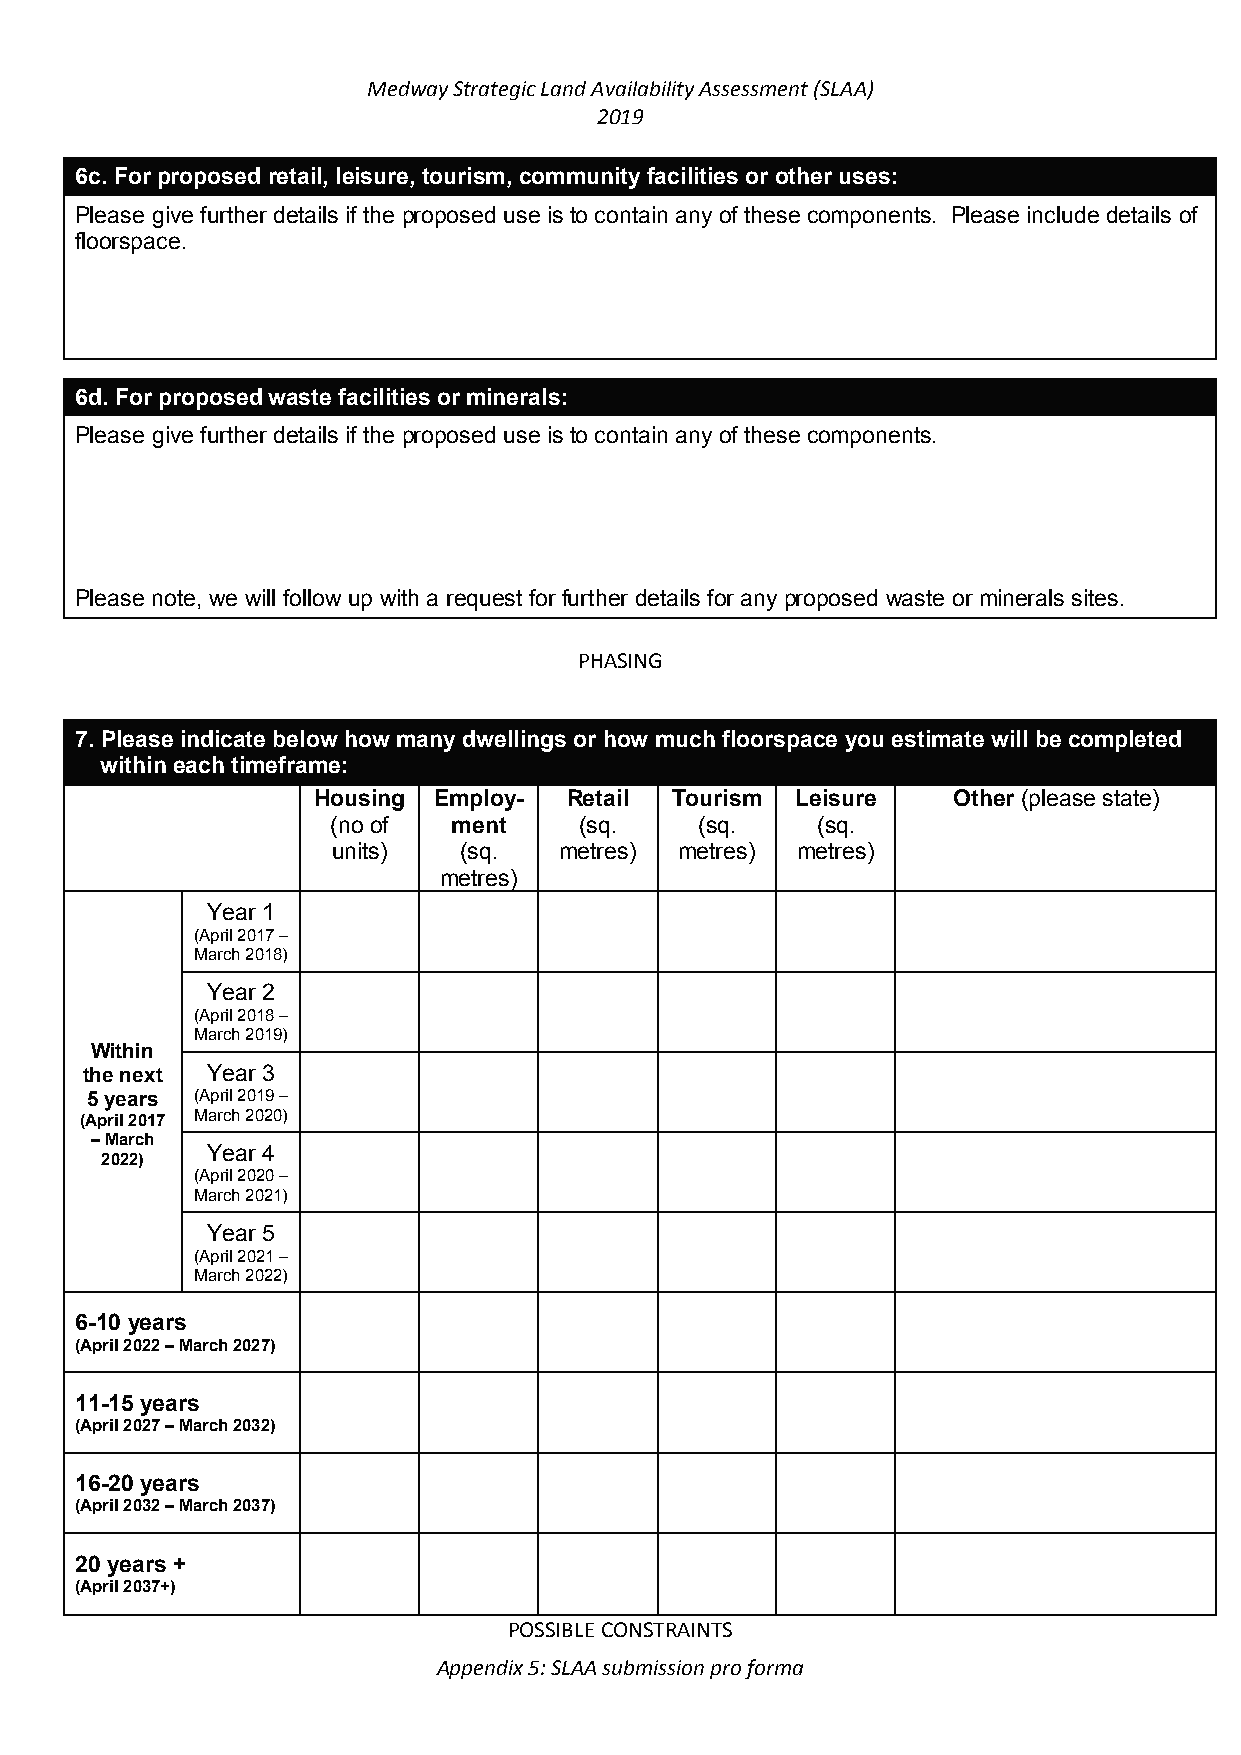
Medway Strategic Land Availability Assessment (SLAA)
 2019
 6c. For proposed retail, leisure, tourism, community facilities or other uses:
 Please give further details if the proposed use is to contain any of these components. Please include details of
 floorspace.
 6d. For proposed waste facilities or minerals:
 Please give further details if the proposed use is to contain any of these components.
 Please note, we will follow up with a request for further details for any proposed waste or minerals sites.
 PHASING
 7. Please indicate below how many dwellings or how much floorspace you estimate will be completed
 within each timeframe:
 Housing Employ- Retail Tourism  Leisure   Other (please state)
 (no of  ment    (sq.    (sq.    (sq.
 units)  (sq.   metres) metres) metres)
 metres)
 Year 1
 (April 2017 –
 March 2018)
 Year 2
 (April 2018 –
 March 2019)
 Within
 the next Year 3
 5 years (April 2019 –
 (April 2017
 March 2020)
 – March
 2022)
 Year 4
 (April 2020 –
 March 2021)
 Year 5
 (April 2021 –
 March 2022)
 6-10 years
 (April 2022 – March 2027)
 11-15 years
 (April 2027 – March 2032)
 16-20 years
 (April 2032 – March 2037)
 20 years +
 (April 2037+)
 POSSIBLE CONSTRAINTS
 Appendix 5: SLAA submission pro forma